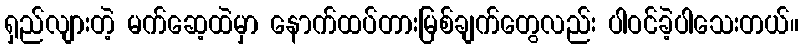
ရှည်လျားတဲ့ မက်ဆေ့ထဲမှာ နောက်ထပ်တားမြစ်ချက်တွေလည်း ပါဝင်ခဲ့ပါသေးတယ်။